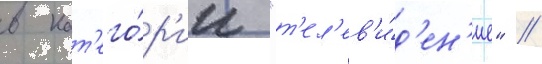
в кат'его́р'ии "т'ел'ев'и́д'ен'ие" //